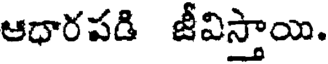
ఆధారపడి జీవిస్తాయి.